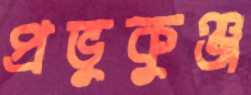
প্রভুকুঞ্জ